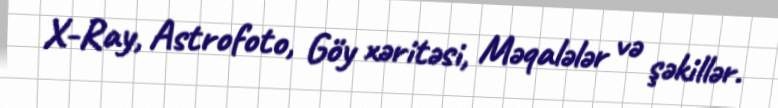
X-Ray, Astrofoto, Göy xəritəsi, Məqalələr və şəkillər.